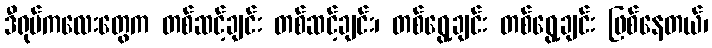
ဒီရုပ်ကလေးတွေက တစ်ဆင့်ချင်း တစ်ဆင့်ချင်း၊ တစ်ရွေ့ချင်း တစ်ရွေ့ချင်း ဖြစ်နေတယ်၊